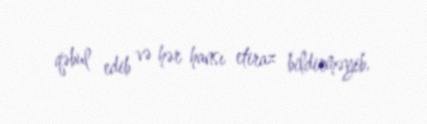
qəbul edib və hər hansı etiraz bildirməyib.